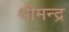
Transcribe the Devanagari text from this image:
श्रीमन्द्र